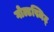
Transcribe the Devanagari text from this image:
गोल्डस्मिट्